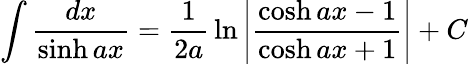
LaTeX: \int{\frac{dx}{\sinh ax}}={\frac{1}{2a}}\ln\left|{\frac{\cosh ax-1}{\cosh ax+1}}\right|+C